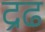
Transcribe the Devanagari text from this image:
द्रढ